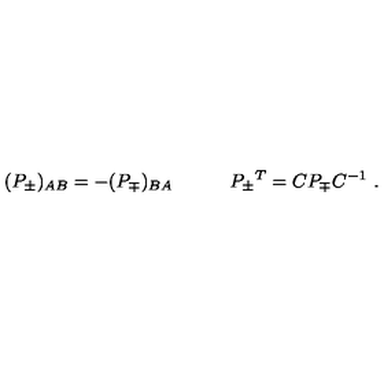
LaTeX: ( P _ { \pm } ) _ { A B } = - ( P _ { \mp } ) _ { B A } \qquad \quad P _ { \pm } { } ^ { T } = C P _ { \mp } C ^ { - 1 } \ .